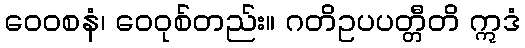
ဝေဝစနံ၊ ဝေဝုစ်တည်း။ ဂတိဥပပတ္တီတိ ဣဒံ